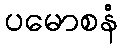
ပမောစနံ